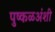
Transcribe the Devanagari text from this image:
पुष्कळअंशी